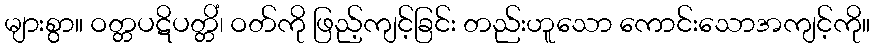
များစွာ။ ဝတ္တပဋိပတ္တိံ၊ ဝတ်ကို ဖြည့်ကျင့်ခြင်း တည်းဟူသော ကောင်းသောအကျင့်ကို။